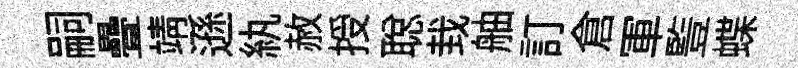
嗣疊靖遜紈赦授聪㘽舳訂倉軍䜿蝶